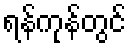
ရန်ကုန်တွင်